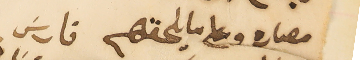
مصاره وعلى ما يلحقهم               فارسَ